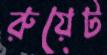
রুয়েট